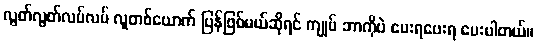
လွတ်လွတ်လပ်လပ် လူတစ်ယောက် ပြန်ဖြစ်မယ်ဆိုရင် ကျုပ် ဘာကိုပဲ ပေးရပေးရ ပေးပါတယ်။